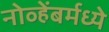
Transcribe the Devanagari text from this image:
नोव्हेंबर्मध्ये